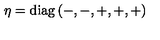
\eta = \mathrm { d i a g } \left( - , - , + , + , + \right)